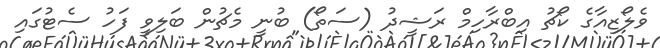
ވެލޯޒިއާގެ ކޯޗު އިބްރާހިމް ރަޝީދު (ސަތޯ) ބުނީ މެޗުން ބަލިވީ ފަހު ސެޓުގައި